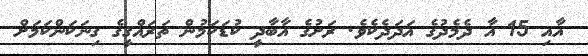
އާއި 15 އާ ދެމެދުގެ އަދަދެކެވެ. ރަށުގެ އާބާދީ ކުޑަކަމުން ތަރައްޤީގެ ގިނަކަންކަމަށް